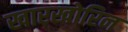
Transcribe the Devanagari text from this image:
खारखोरिन